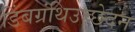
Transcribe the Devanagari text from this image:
डिंबग्रंथिउच्छेदन